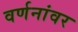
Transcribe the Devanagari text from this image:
वर्णनांवर